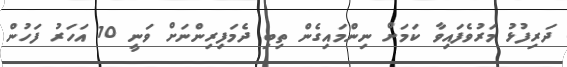
ދަރިފުޅު މަރުވެފައިވާ ކަމަށް ނިންމައިގެން ތިބި ދެމަފިރިންނަށް ވަނީ 10 އަހަރު ފަހުން